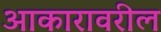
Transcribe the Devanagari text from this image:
आकारावरील